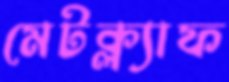
মেটক্ল্যাফ